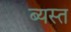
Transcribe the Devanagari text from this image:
ब्यस्त